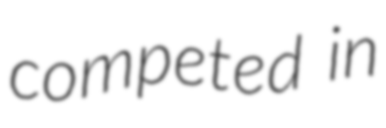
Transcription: competed in